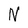
Character: N